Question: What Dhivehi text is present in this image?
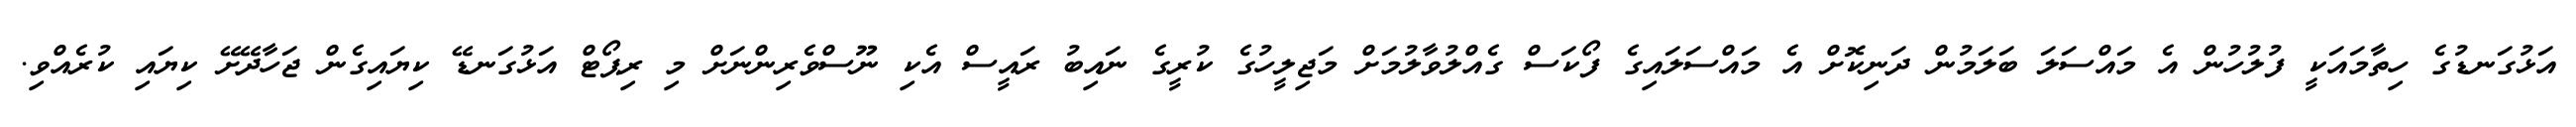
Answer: އަޅުގަނޑުގެ ހިތާމައަކީ ފުލުހުން އެ މައްސަލަ ބަލަމުން ދަނިކޮށް އެ މައްސަލައިގެ ފޯކަސް ގެއްލުވާލުމަށް މަޖިލީހުގެ ކުރީގެ ނައިބު ރައީސް އެކި ނޫސްވެރިންނަށް މި ރިޕޯޓް އަޅުގަނޑޭ ކިޔައިގެން ޖަހާދޭށޭ ކިޔައި ކުރެއްވި.